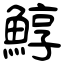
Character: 鯙